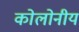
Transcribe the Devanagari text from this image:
कोलोनीय